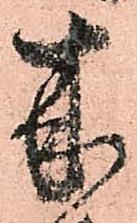
来